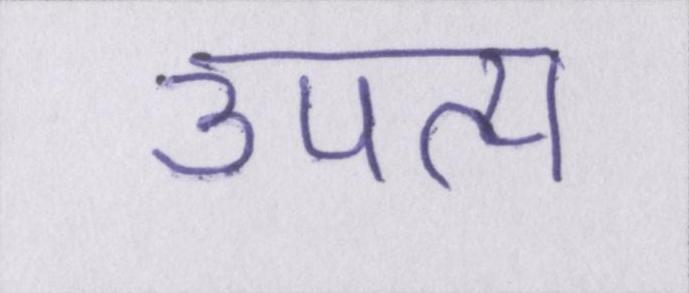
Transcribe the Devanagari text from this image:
उपत्य